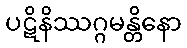
ပဋိနိဿဂ္ဂမန္တိနော